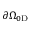
\partial \Omega _ { 0 \mathrm { D } }